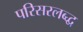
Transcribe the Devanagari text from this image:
परिसरलब्द्ध